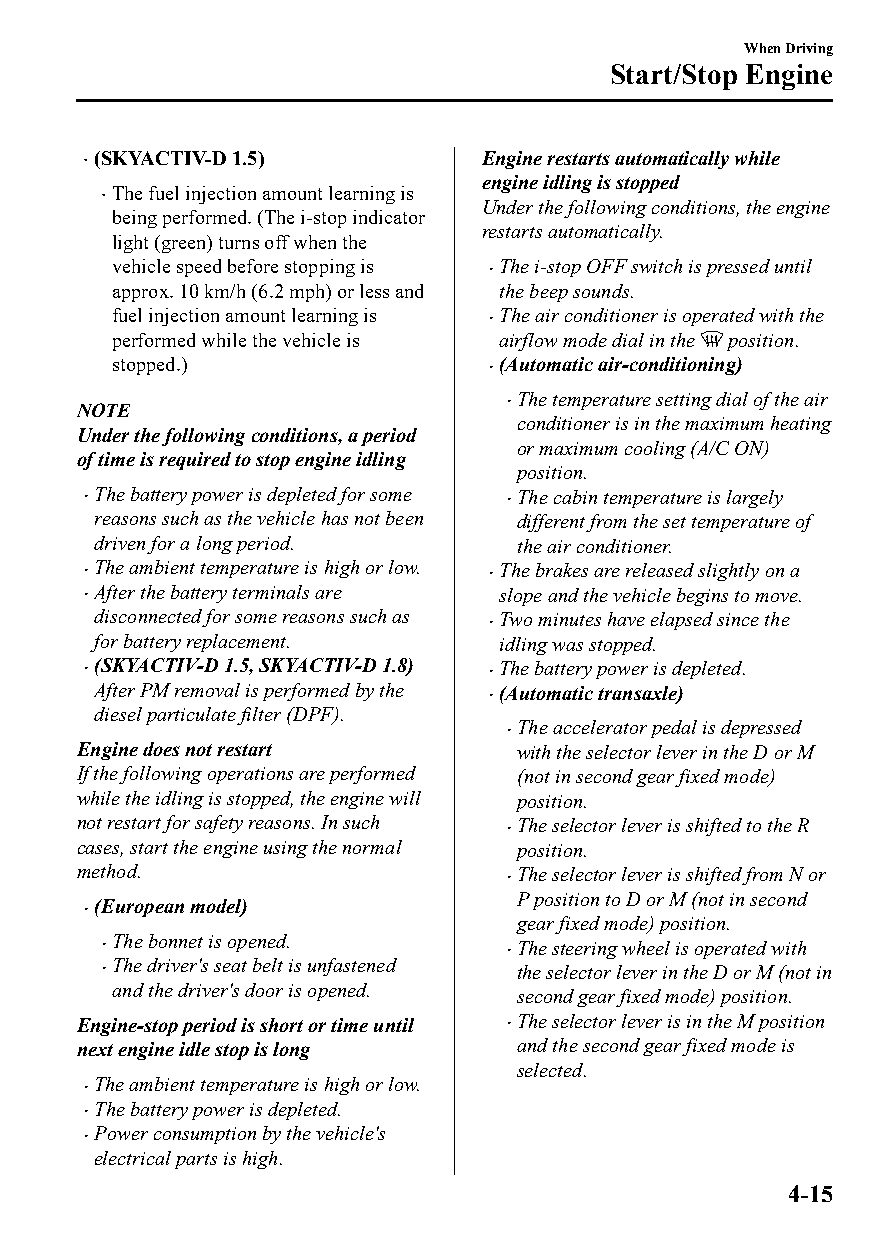
When Driving
 Start/Stop Engine
 (SKYACTIV-D 1.5)          Engine restarts automatically while
 
 engine idling is stopped
 The fuel injection amount learning is
 
 Under the following conditions, the engine
 being performed. (The i-stop indicator
 restarts automatically.
 light (green) turns off when the
 vehicle speed before stopping is The i-stop OFF switch is pressed until
 
 approx. 10 km/h (6.2 mph) or less and the beep sounds.
 fuel injection amount learning is The air conditioner is operated with the
 
 performed while the vehicle is airflow mode dial in the position.
 stopped.)                 (Automatic air-conditioning)
 
 The temperature setting dial of the air
 NOTE                        
 conditioner is in the maximum heating
 Under the following conditions, a period
 or maximum cooling (A/C ON)
 of time is required to stop engine idling
 position.
 The battery power is depleted for some The cabin temperature is largely
 reasons such as the vehicle has not been different from the set temperature of
 driven for a long period.   the air conditioner.
 The ambient temperature is high or low. The brakes are released slightly on a
 After the battery terminals are slope and the vehicle begins to move.
 disconnected for some reasons such as Two minutes have elapsed since the
 
 for battery replacement.   idling was stopped.
 (SKYACTIV-D 1.5, SKYACTIV-D 1.8) The battery power is depleted.
 After PM removal is performed by the (Automatic transaxle)
 
 diesel particulate filter (DPF).
 The accelerator pedal is depressed
 
 Engine does not restart      with the selector lever in the D or M
 If the following operations are performed (not in second gear fixed mode)
 while the idling is stopped, the engine will position.
 not restart for safety reasons. In such The selector lever is shifted to the R
 
 cases, start the engine using the normal position.
 method.                      The selector lever is shifted from N or
 
 P position to D or M (not in second
 (European model)
 
 gear fixed mode) position.
 The bonnet is opened.
                            The steering wheel is operated with
 
 The driver's seat belt is unfastened
                            the selector lever in the D or M (not in
 and the driver's door is opened.
 second gear fixed mode) position.
 Engine-stop period is short or time until The selector lever is in the M position
 next engine idle stop is long and the second gear fixed mode is
 selected.
 The ambient temperature is high or low.
 
 The battery power is depleted.
 
 Power consumption by the vehicle's
 
 electrical parts is high.
 4-15
 CX-3_8GT4-EE-18D_Edition4                  2018-9-6 18:32:19